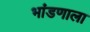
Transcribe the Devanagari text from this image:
भांडणाला